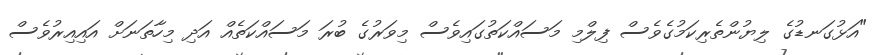
"އަޅުގަނޑުގެ ލިޔުންތެރިކަމުގެވެސް ފިލްމި މަސައްކަތުގައިވެސް މިވަރުގެ ބުރަ މަސައްކަތެއް އަދި މިހާތަނަށް އައިއިރުވެސް